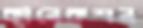
কানেকশন